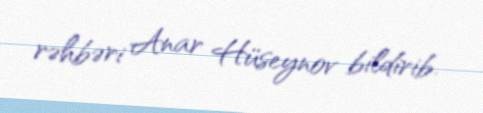
rəhbəri Anar Hüseynov bildirib.